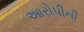
આરોપીની